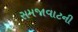
સમજાવાટની